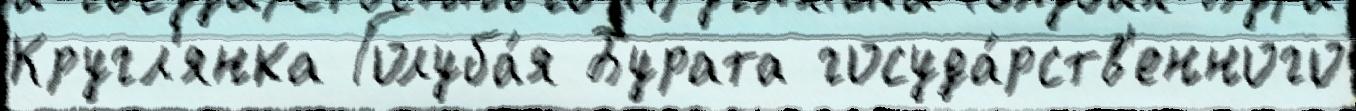
Кругл'янка Голуба́я Бурата госуда́рств'енного